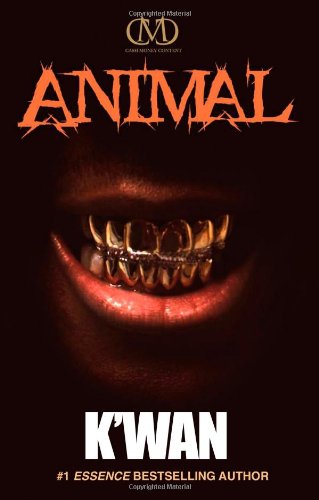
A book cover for Animal; K'wan; Literature & Fiction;